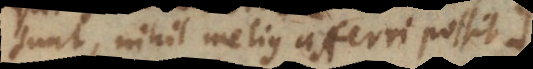
sunt, nihil melius afferri possit.